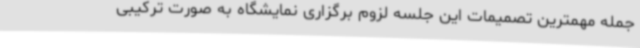
جمله مهمترین تصمیمات این جلسه لزوم برگزاری نمایشگاه به صورت ترکیبی